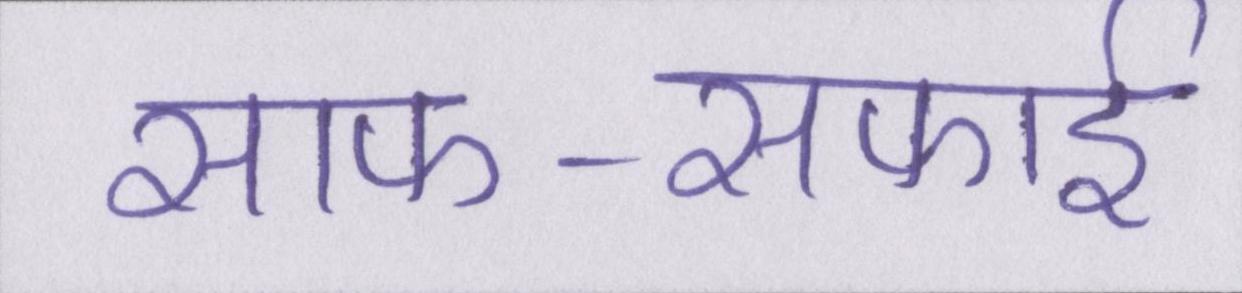
साफ-सफाई